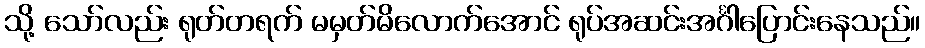
သို့ သော်လည်း ရုတ်တရက် မမှတ်မိလောက်အောင် ရုပ်အဆင်းအင်္ဂါပြောင်းနေသည်။